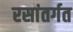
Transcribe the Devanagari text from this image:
रसांतर्गत